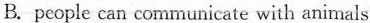
B. people can communicate with animals